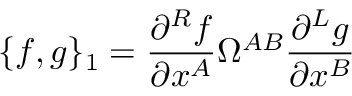
\{ f , g \} _ { 1 } = \frac { \partial ^ { R } f } { \partial x ^ { A } } \Omega ^ { A B } \frac { \partial ^ { L } g } { \partial x ^ { B } }